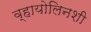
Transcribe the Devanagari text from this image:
व्हायोलिनशी